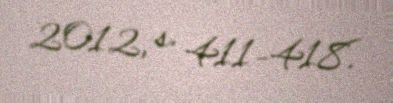
2012, s. 411–418.